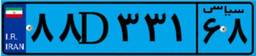
۸۸D۳۳۱۶۸